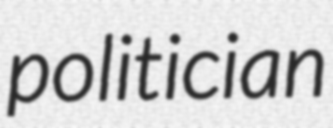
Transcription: politician